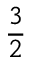
\frac { 3 } { 2 }